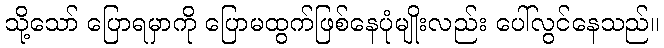
သို့သော် ပြောရမှာကို ပြောမထွက်ဖြစ်နေပုံမျိုးလည်း ပေါ်လွင်နေသည်။